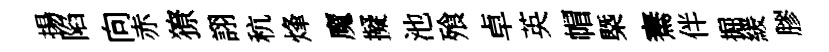
揚陷向赤獠詡秔烽魔擬池飱卓英帽槩騫伴掘緩膠